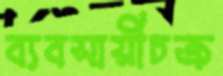
ব্যবসায়ীচক্র